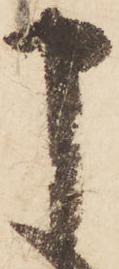
申